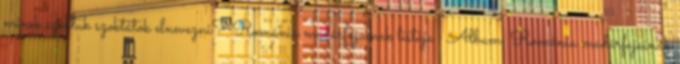
minek szoktuk szoktátok elnevezni? Románia madárfajainak listája Album. Románia madárfajainak